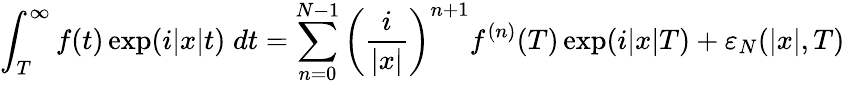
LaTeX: \int_{T}^{\infty}f(t)\exp(i\lvert x\rvert t)\; dt=\sum_{n=0}^{N-1}\left(\frac{i}{\lvert x\rvert}\right)^{n+1}f^{(n)}(T)\exp(i\lvert x\rvert T)+\varepsilon_{N}(\lvert x\rvert,T)